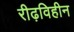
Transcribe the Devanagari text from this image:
रीढ़विहीन